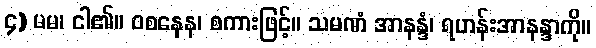
၄) မမ၊ ငါ၏။ ဝစနေန၊ စကားဖြင့်။ သမဏံ အာနန္ဒံ၊ ရဟန်းအာနန္ဒာကို။